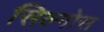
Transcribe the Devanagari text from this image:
सिल्गोस